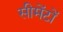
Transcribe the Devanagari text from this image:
सीमेंटों